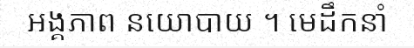
អង្គភាព នយោបាយ ។ មេដឹកនាំ